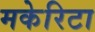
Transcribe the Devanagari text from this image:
मकेरिटा